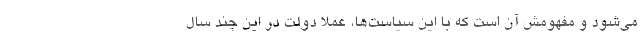
می‌شود و مفهومش آن است که با این سیاست‌ها، عملاً دولت در این چند سال